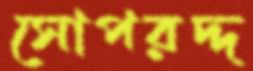
সোপরদ্দ